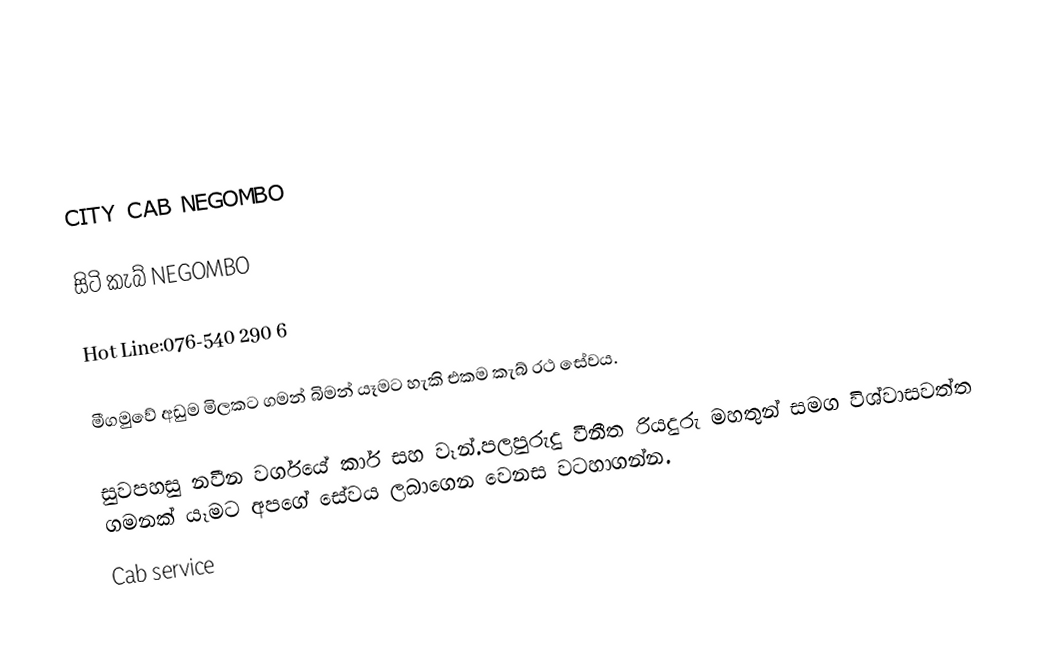

CITY CAB NEGOMBO

සිටි කැබ් NEGOMBO

Hot Line:076-540 290 6

මීගමුවේ අඩුම මිලකට ගමන් බිමන් යෑමට හැකි එකම කැබ් රථ සේවය.

සුවපහසු නවීන වර්ගයේ කාර් සහ වෑන්.පලපුරුදු වීනීත රියදුරු මහතුන් සමග විශ්වාසවත්ත  ගමනක් යෑමට අපගේ සේවය ලබාගෙන වෙනස වටහාගන්න.
Cab service